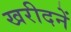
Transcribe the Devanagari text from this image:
खरीदनें